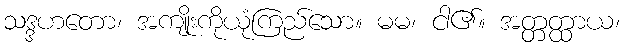
သဒ္ဒဟတော၊ အကျိုးကိုယုံကြည်သော။ မမ၊ ငါ၏။ အတ္တတ္ထာယ၊